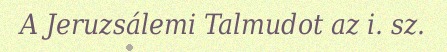
A Jeruzsálemi Talmudot az i. sz.